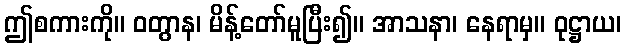
ဤစကားကို။ ဝတွာန၊ မိန့်တော်မူပြီး၍။ အာသနာ၊ နေရာမှ။ ဝုဋ္ဌာယ၊